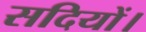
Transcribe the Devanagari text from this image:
सदियों।